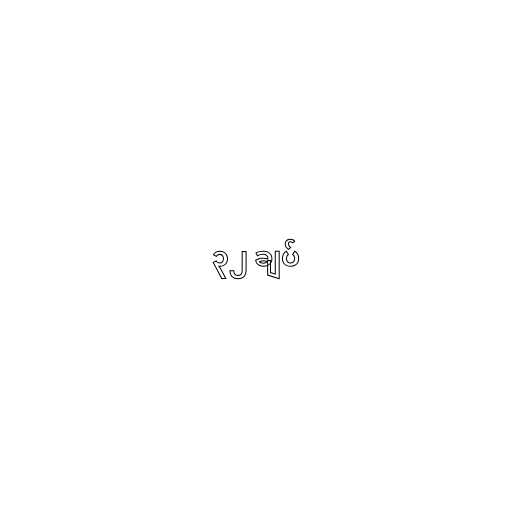
၃၂ ချပ်